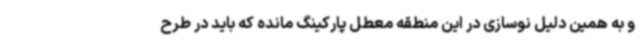
و به همین دلیل نوسازی در این منطقه معطل پارکینگ مانده که باید در طرح